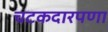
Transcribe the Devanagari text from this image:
चटकदारपणा